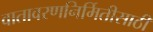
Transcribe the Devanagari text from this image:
वातावरणनिर्मितीसाठी